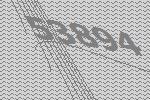
53894